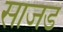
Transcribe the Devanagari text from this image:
साजड